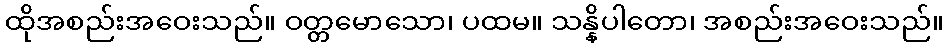
ထိုအစည်းအဝေးသည်။ ဝတ္တမောသော၊ ပထမ။ သန္နိပါတော၊ အစည်းအဝေးသည်။